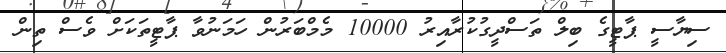
ސިޔާސީ ޕާޓީގެ ބިލް ތަސްދީގުކުރާއިރު 10000 މެމްބަރުން ހަމަނުވާ ޕާޓީތަކަށް ވެސް ތިން